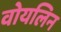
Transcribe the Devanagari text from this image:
वोयलिन